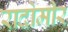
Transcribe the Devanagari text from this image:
रादोमीर